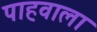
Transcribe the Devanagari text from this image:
पाहवाला